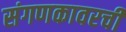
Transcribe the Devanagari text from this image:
संगणकावरची